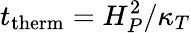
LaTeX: t_{\mathrm{therm}}=H_{P}^{2}/\kappa_{T}